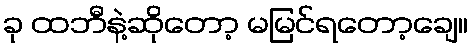
ခု ထဘီနဲ့ဆိုတော့ မမြင်ရတော့ချေ။